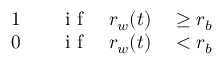
\begin{array} { r l r l } { 1 } & { { } \quad \mathrm { ~ i ~ f ~ } } & { r _ { w } ( t ) } & { { } \geq r _ { b } } \\ { 0 } & { { } \quad \mathrm { ~ i ~ f ~ } } & { r _ { w } ( t ) } & { { } < r _ { b } } \end{array}